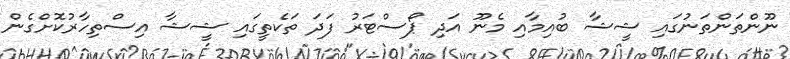
ނޫންތަންތަނުގައި ޝީޝާ ބުއިމާއި މެނޫ އަދި ޕޯސްޓަރު ފަދަ ތަކެތީގައި ޝީޝާ އިސްތިހާރުކޮށްގެން